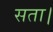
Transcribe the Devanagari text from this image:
सता।